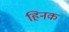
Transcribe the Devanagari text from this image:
हिनक